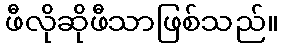
ဖီလိုဆိုဖီသာဖြစ်သည်။